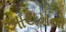
આથમતો